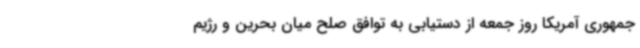
جمهوری آمریکا روز جمعه از دستیابی به توافق صلح میان بحرین و رژیم